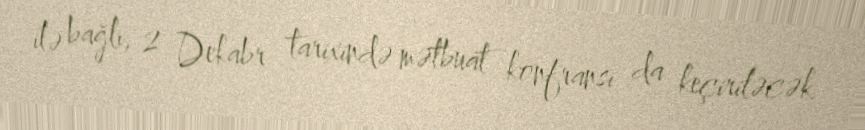
ilə bağlı, 2 Dekabr tarixində mətbuat konfransı da keçiriləcək.